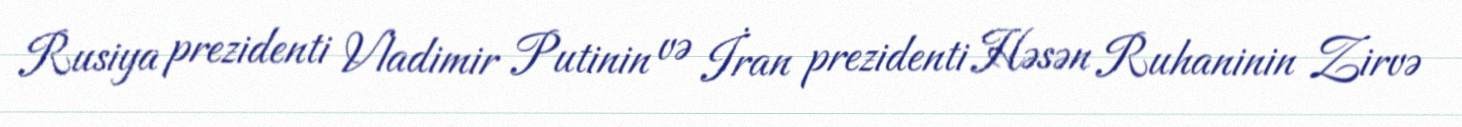
Rusiya prezidenti Vladimir Putinin və İran prezidenti Həsən Ruhaninin Zirvə